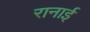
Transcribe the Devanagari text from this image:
रानाई